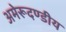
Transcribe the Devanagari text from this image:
अमेरूदण्डीय